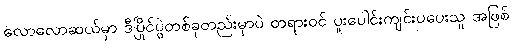
လောလောဆယ်မှာ ဒီပြိုင်ပွဲတစ်ခုတည်းမှာပဲ တရားဝင် ပူးပေါင်းကျင်းပပေးသူ အဖြစ်